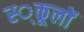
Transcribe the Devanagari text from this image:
स्‍्कूलों